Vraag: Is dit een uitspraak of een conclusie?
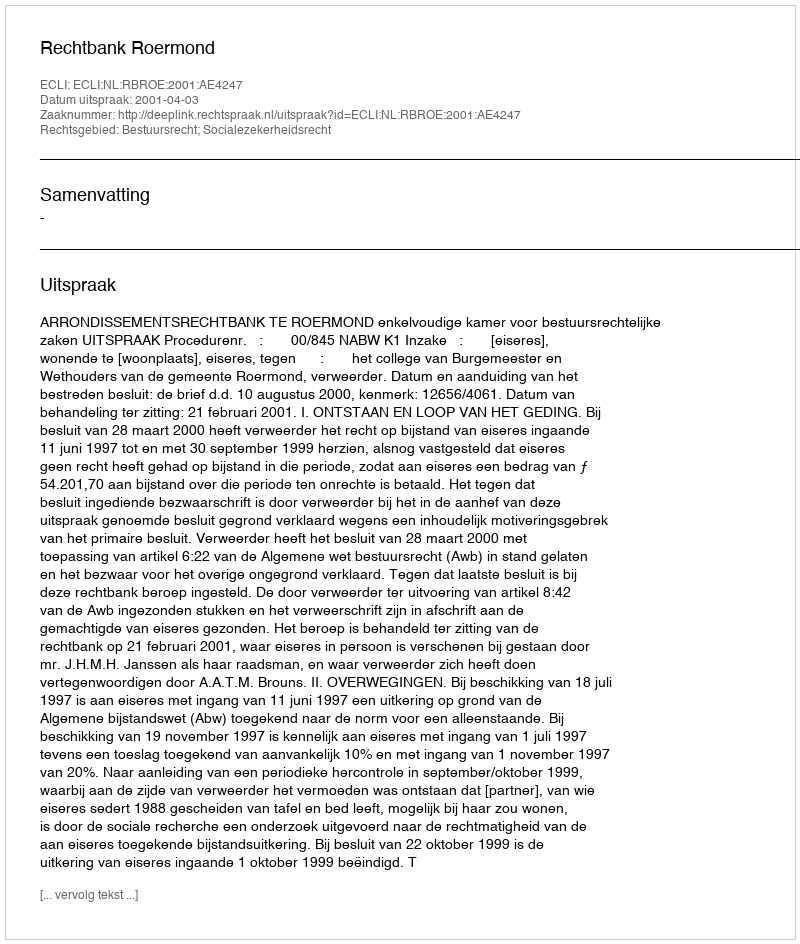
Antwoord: Uitspraak